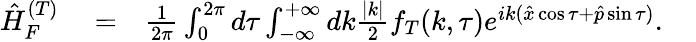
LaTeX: \begin{array}{rlr}{\hat{H}_{F}^{(T)}}&{{}=}&{\frac{1}{2\pi}\int_{0}^{2\pi}d\tau\int_{-\infty}^{+\infty}dk\frac{|k|}{2}f_{T}(k,\tau)e^{ik(\hat{x}\cos\tau+\hat{p}\sin\tau)}.\ \ \ \ }\end{array}